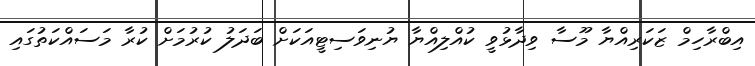
އިބްރާހިމް ޒަކަރިއްޔާ މޫސާ ވިދާޅުވީ ކުއްލިއްޔާ ޔުނިވަސިޓީއަކަށް ބަދަލު ކުރުމަށް ކުރާ މަސައްކަތުގައި